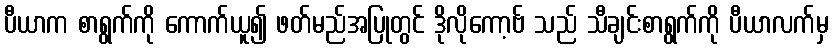
ပီယာက စာရွက်ကို ကောက်ယူ၍ ဖတ်မည်အပြုတွင် ဒိုလိုကော့ဗ် သည် သီချင်းစာရွက်ကို ပီယာလက်မှ